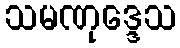
သမဏုဒ္ဒေသ